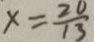
x = \frac { 2 0 } { 1 3 }